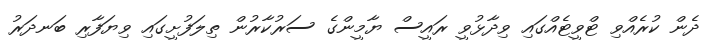
ދެން ކުރެއްވި ޓްވީޓެއްގައި ވިދާޅުވީ ރައީސް ޔާމީންގެ ސަރުކާރުން ތިލަފުށީގައި ވިޔަފާރި ބަނދަރު